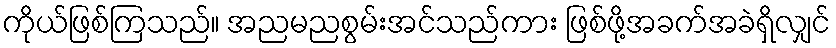
ကိုယ်ဖြစ်ကြသည်။ အညမညစွမ်းအင်သည်ကား ဖြစ်ဖို့အခက်အခဲရှိလျှင်